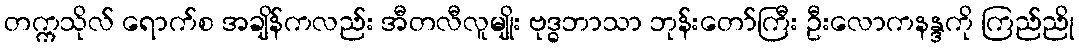
တက္ကသိုလ် ရောက်စ အချိန်ကလည်း အီတလီလူမျိုး ဗုဒ္ဓဘာသာ ဘုန်းတော်ကြီး ဦးလောကနန္ဒကို ကြည်ညို